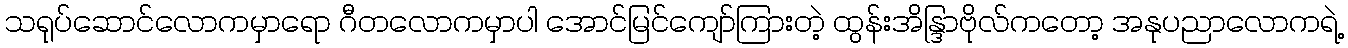
သရုပ်ဆောင်လောကမှာရော ဂီတလောကမှာပါ အောင်မြင်ကျော်ကြားတဲ့ ထွန်းအိန္ဒြာဗိုလ်ကတော့ အနုပညာလောကရဲ့